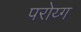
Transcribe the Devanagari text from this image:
परोय्ग